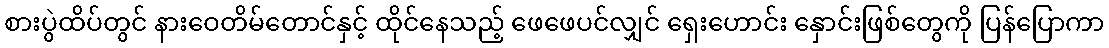
စားပွဲထိပ်တွင် နားဝေတိမ်တောင်နှင့် ထိုင်နေသည့် ဖေဖေပင်လျှင် ရှေးဟောင်း နှောင်းဖြစ်တွေကို ပြန်ပြောကာ